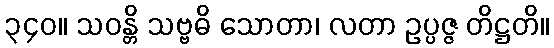
၃၄၀။ သဝန္တိ သဗ္ဗဓိ သောတာ၊ လတာ ဥပ္ပဇ္ဇ တိဋ္ဌတိ။